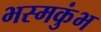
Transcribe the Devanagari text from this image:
भस्मकुंभ